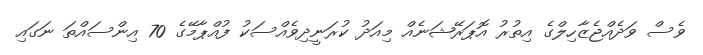
ވެސް ވަދެއްޖެޒާހިލްގެ އިތުރު އޮޕަރޭޝަނެއް މިއަދު ކުރަނީދިވެއްސަކު ފުއްޕާމޭގެ 70 އިންސައްތަ ނަގައި